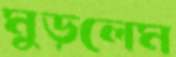
মুড়লেম